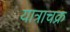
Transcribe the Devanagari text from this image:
यात्राचक्र